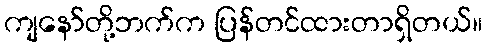
ကျနော်တို့ဘက်က ပြန်တင်ထားတာရှိတယ်။